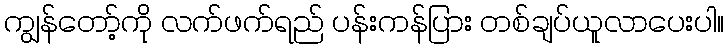
ကျွန်တော့်ကို လက်ဖက်ရည် ပန်းကန်ပြား တစ်ချပ်ယူလာပေးပါ။